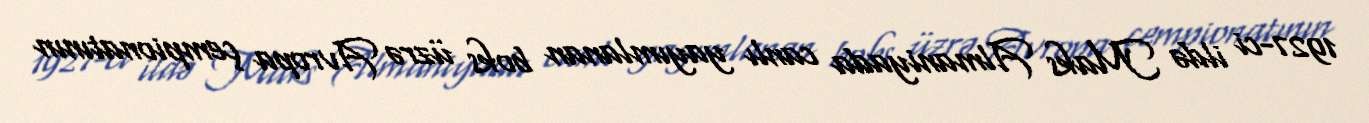
1927-ci ildə Maks Almaniyada canlı yayımlanan boks üzrə Avropa çempionatının